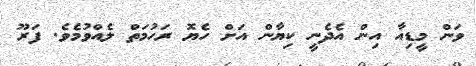
ވަން މީޑިއާ އިން އެދެނީ ކިޔާން އަށް ހެޔޮ ރަހުމަތް ލެއްވުމެވެ. ފަރޫ